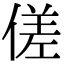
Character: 傞